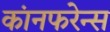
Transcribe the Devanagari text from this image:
कांनफरेन्स